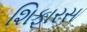
શિફારસ